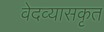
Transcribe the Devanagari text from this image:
वेदव्यासकृत